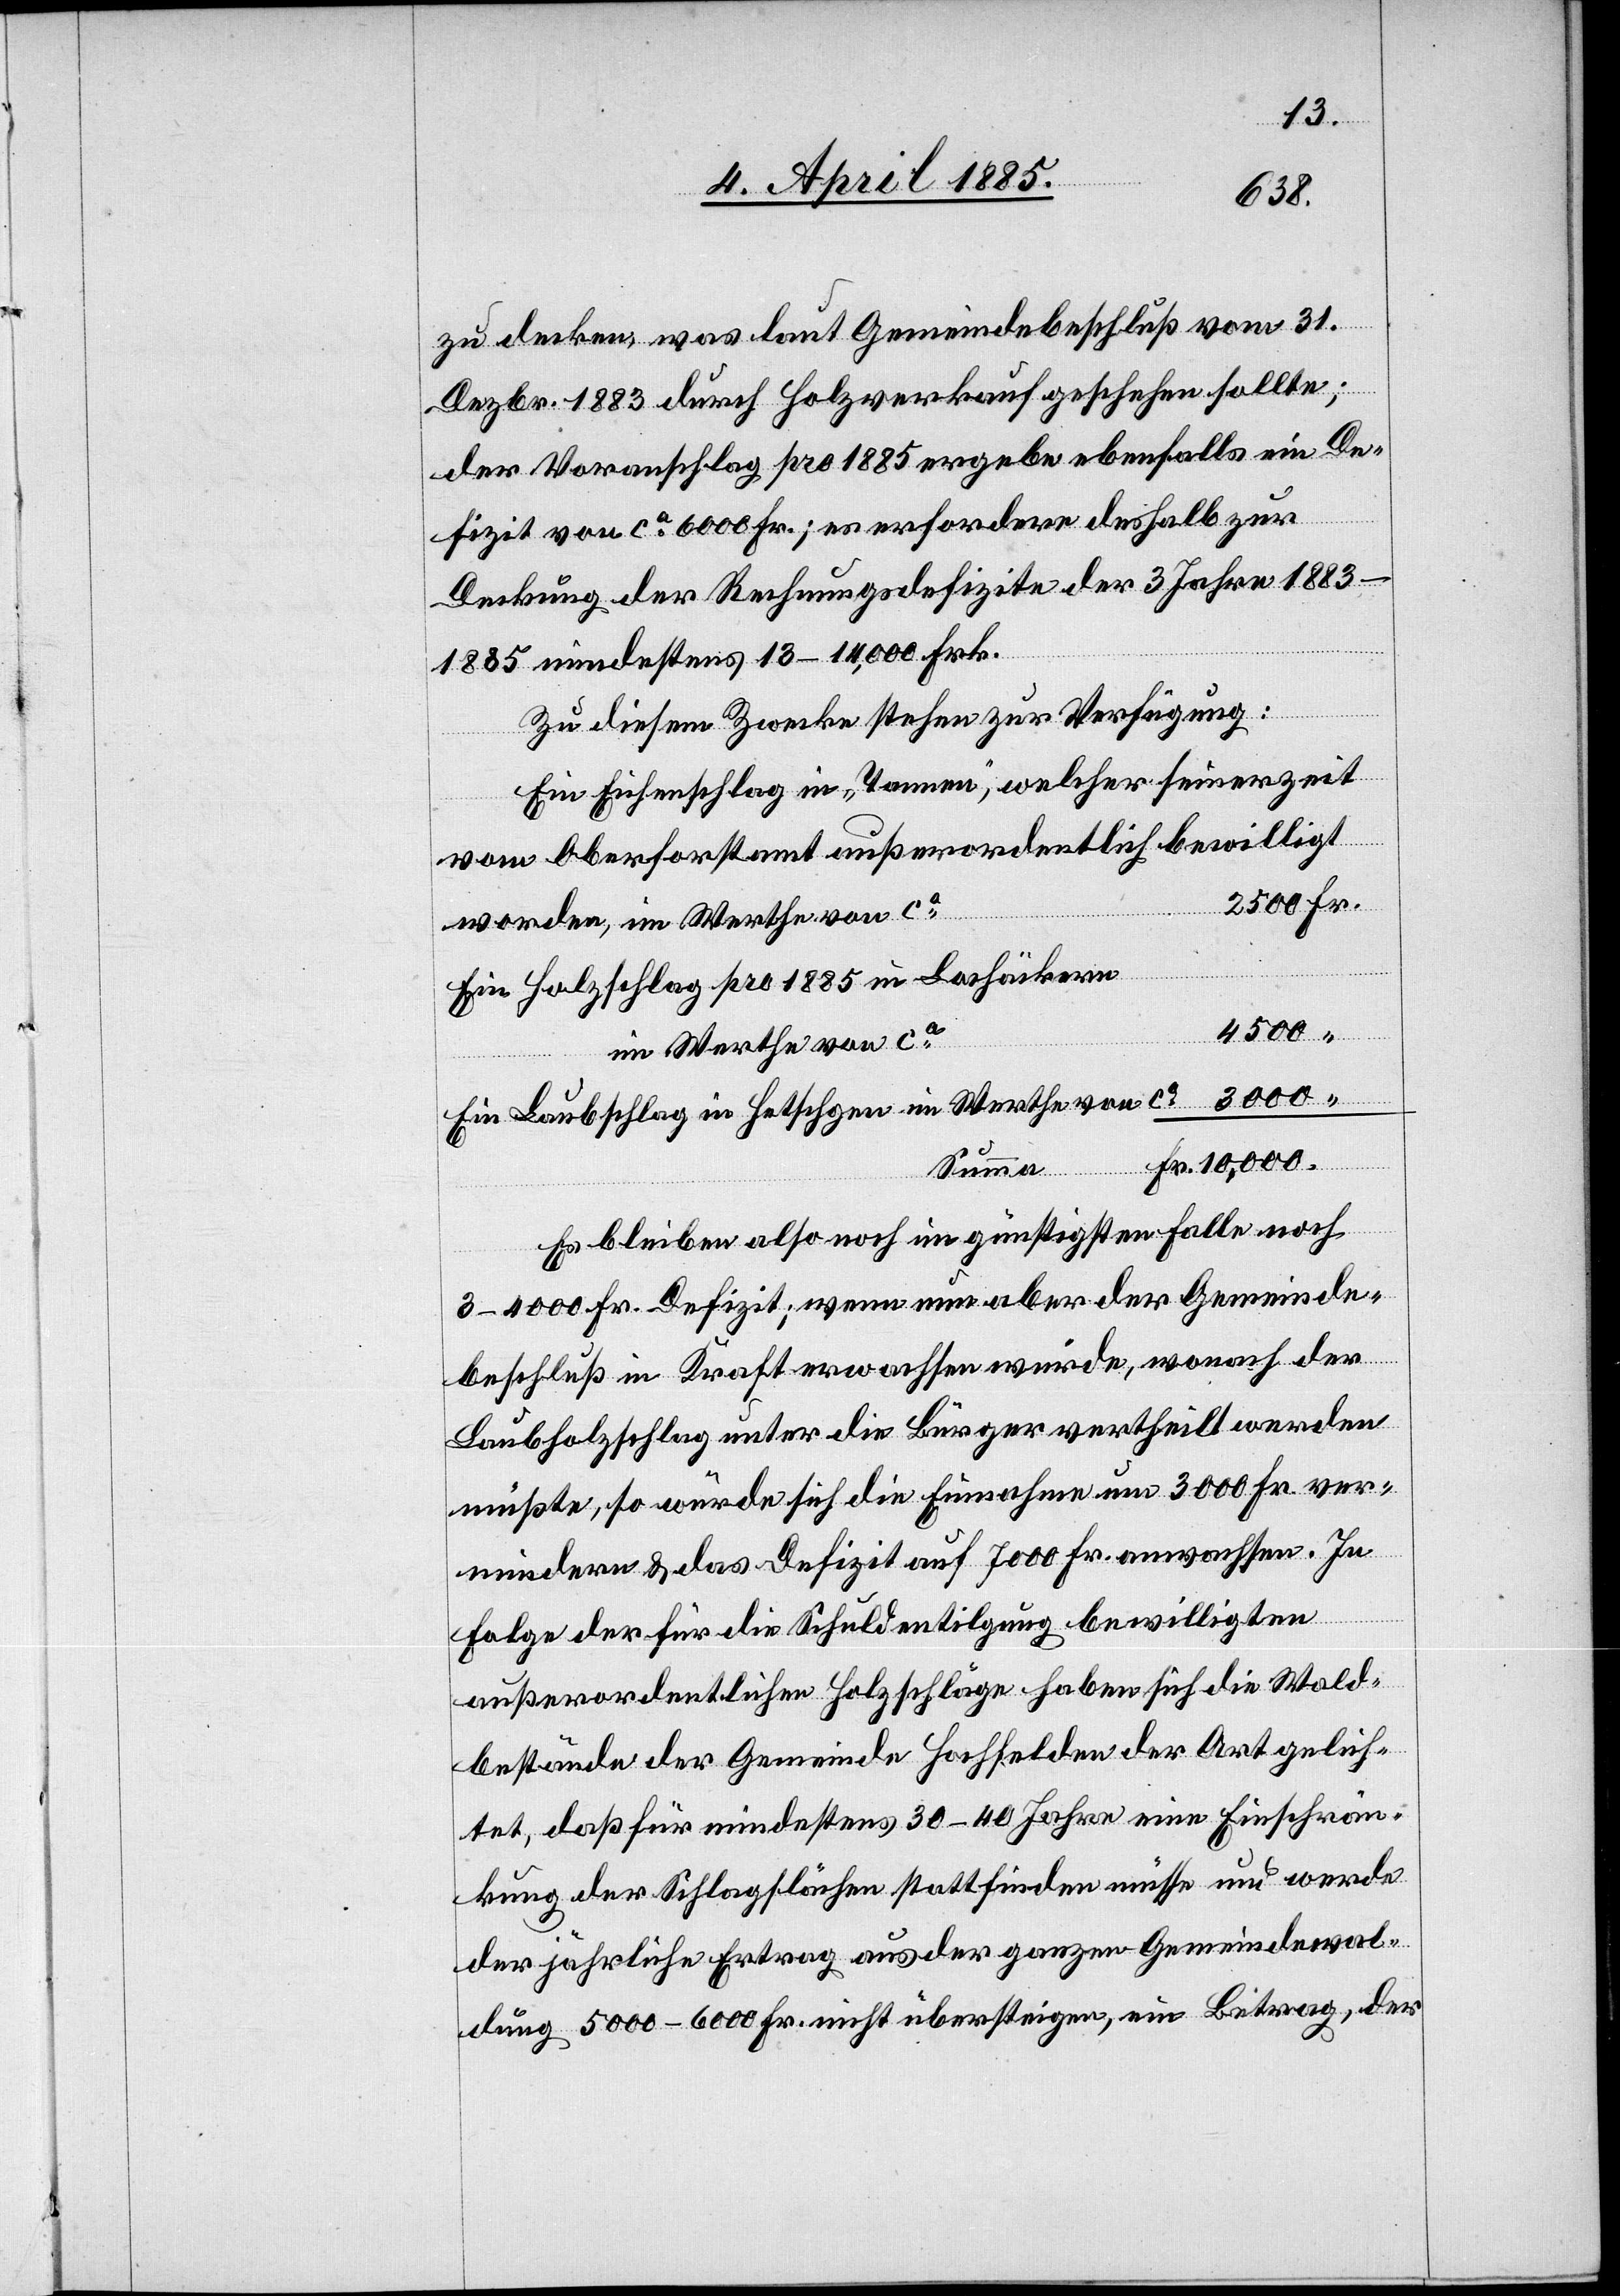
zu decken, was laut Gemeindebeschluß vom 31.
Dezbr. 1883 durch Holzverkauf geschehen sollte;
der Voranschlag pro 1885 ergebe ebenfalls ein De¬
fizit von ca 6000 Fr.; es erfordere deshalb zur
Deckung der Rechnungsdefizite der 3 Jahre 1883–1885
mindestens 13–14,000 Frk.
Zu diesem Zwecke stehen zur Verfügung:
Ein Eichenschlag in „Tannen“, welcher seinerzeit
vom Oberforstamt außerordentlich bewilligt
worden, im Wethe von ca
Ein Holzschlag pro 1885 in Bachäckern
2500
Fr.
im Werthe von ca
“
Ein Laubschlag in Hetschgen im Werthe von ca
Summa
Es bleiben also noch im günstigsten Falle noch
3–4000 Fr. Defizit; wenn nun aber der Gemeinde¬
beschluß in Kraft erwachsen würde, wonach der
Laubholzschlag unter die Bürger vertheilt werden
müßte, so würde sich die Einnahme um 3000 Fr. ver¬
mindern & das Defizit auf 7000 Fr. anwachsen. In
Folge der für die Schuldentilgung bewilligten
außerordentlichen Holzschläge haben sich die Wald¬
bestände der Gemeinde Hochfelden der Art gelich¬
tet, daß für mindestens 30–40 Jahre eine Einschrän¬
kung der Schlagflächen stattfinden müsse und werde
der jährliche Ertrag aus der ganzen Gemeindewal¬
dung 5000–6000 Fr. nicht übersteigen, ein Beitrag, der